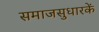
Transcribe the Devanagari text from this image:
समाजसुधारकें